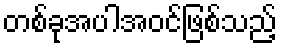
တစ်ခုအပါအဝင်ဖြစ်သည့်